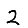
Digit: 2